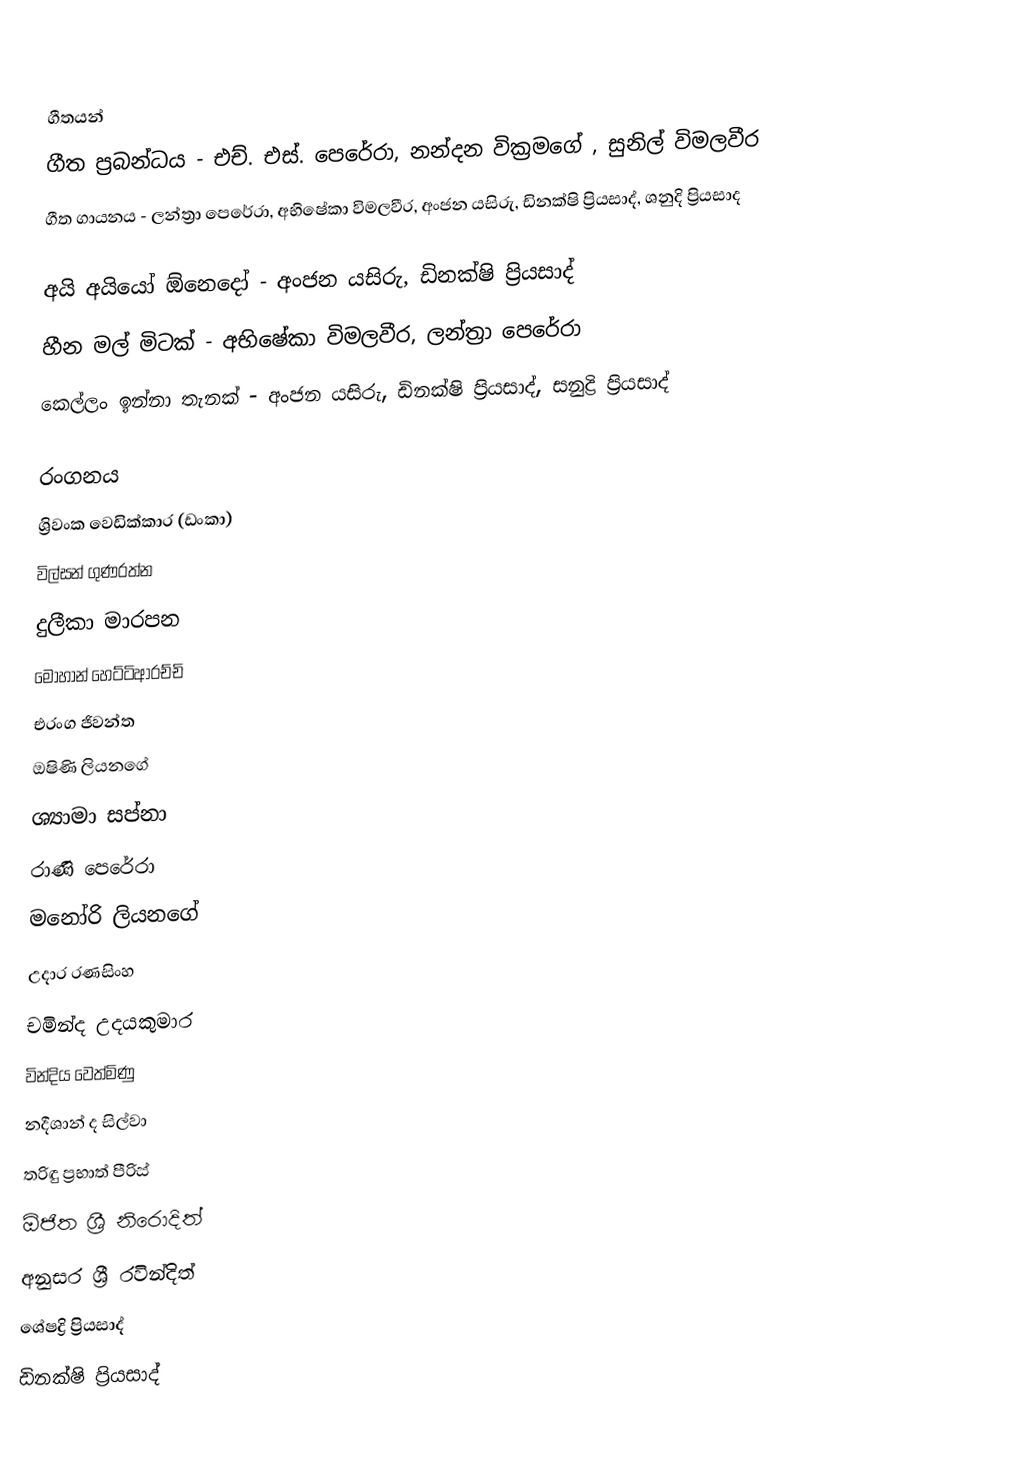

ගීතයන්
ගීත ප්‍රබන්ධය - එච්. එස්. පෙරේරා, නන්දන වික්‍රමගේ , සුනිල් විමලවීර
ගීත ගායනය - ලන්ත්‍රා පෙරේරා, අභිෂේකා විමලවීර, අංජන යසිරු, ඩිනක්ෂි ප්‍රියසාද්, ශනුදි ප්‍රියසාද

අයි අයියෝ ඕනෙදෝ - අංජන යසිරු, ඩිනක්ෂි ප්‍රියසාද්
හීන මල් මිටක් - අභිෂේකා විමලවීර, ලන්ත්‍රා පෙරේරා
කෙල්ලං ඉන්නා තැනක් - අංජන යසිරු, ඩිනක්ෂි ප්‍රියසාද්, සනුද්‍රි ප්‍රියසාද්

රංගනය
ශ්‍රිවංක වෙඩික්කාර (ඩංකා)
විල්සන් ගුණරත්න
දුලීකා මාරපන
මොහාන් හෙට්ටිආරච්චි
එරංග ජිවන්ත
ඔෂිණි ලියනගේ
ශ්‍යාමා සප්නා
රාණි පෙරේරා
මනෝරි ලියනගේ
උදාර රණසිංහ
චමින්ද උදයකුමාර
වින්දිය වෙත්මිණු
නදීශාන් ද සිල්වා
තරිඳු ප්‍රභාත් පීරිස්
ඕජිත ශ්‍රී නිරොදිත්
අනුසර ශ්‍රී රවින්දිත්
ශේෂද්‍රි ප්‍රියසාද්
ඩිනක්ෂි ප්‍රියසාද්